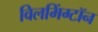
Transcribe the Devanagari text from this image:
विलमिंग्टॉन